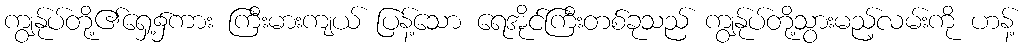
ကျွန်ုပ်တို့၏ရှေ့၌ကား ကြီးမားကျယ် ပြန့်သော ရေအိုင်ကြီးတစ်ခုသည် ကျွန်ုပ်တို့သွားမည့်လမ်းကို ဟန့်